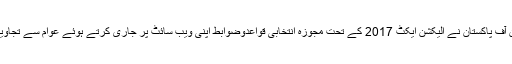
الیکشن کمیشن آف پاکستان نے الیکشن ایکٹ 2017 کے تحت مجوزہ انتخابی قواعدوضوابط اپنی ویب سائٹ پر جاری کرتے ہوئے عوام سے تجاویز مانگی ہیں۔